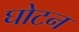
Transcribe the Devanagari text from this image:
घोटन